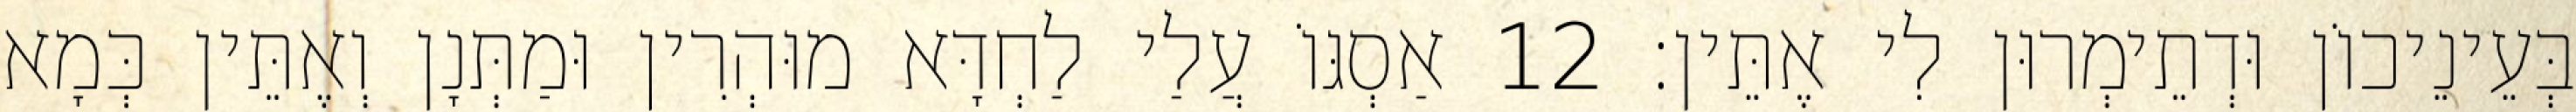
בְּעֵינֵיכוֹן וּדְתֵימְרוּן לִי אֶתֵּין׃ 12 אַסְגּוֹ עֲלַי לַחְדָּא מוּהְרִין וּמַתְּנָן וְאֶתֵּין כְּמָא